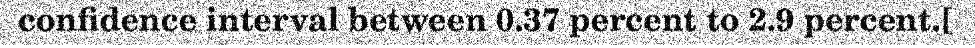
confidence interval between 0.37 percent to 2.9 percent.[